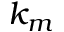
k _ { m }